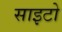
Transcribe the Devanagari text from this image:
साइटो